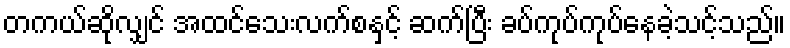
တကယ်ဆိုလျှင် အထင်သေးလက်စနှင့် ဆက်ပြီး ခပ်ကုပ်ကုပ်နေခဲ့သင့်သည်။